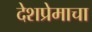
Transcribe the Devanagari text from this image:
देशप्रेमाचा